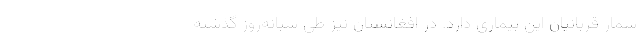
شمار قربانیان این بیماری دارد. در افغانستان نیز طی شبانه‌روز گذشته